65_HS1-834228961_62-HQ-83894_Section_9
Agency: FBI
Page 160
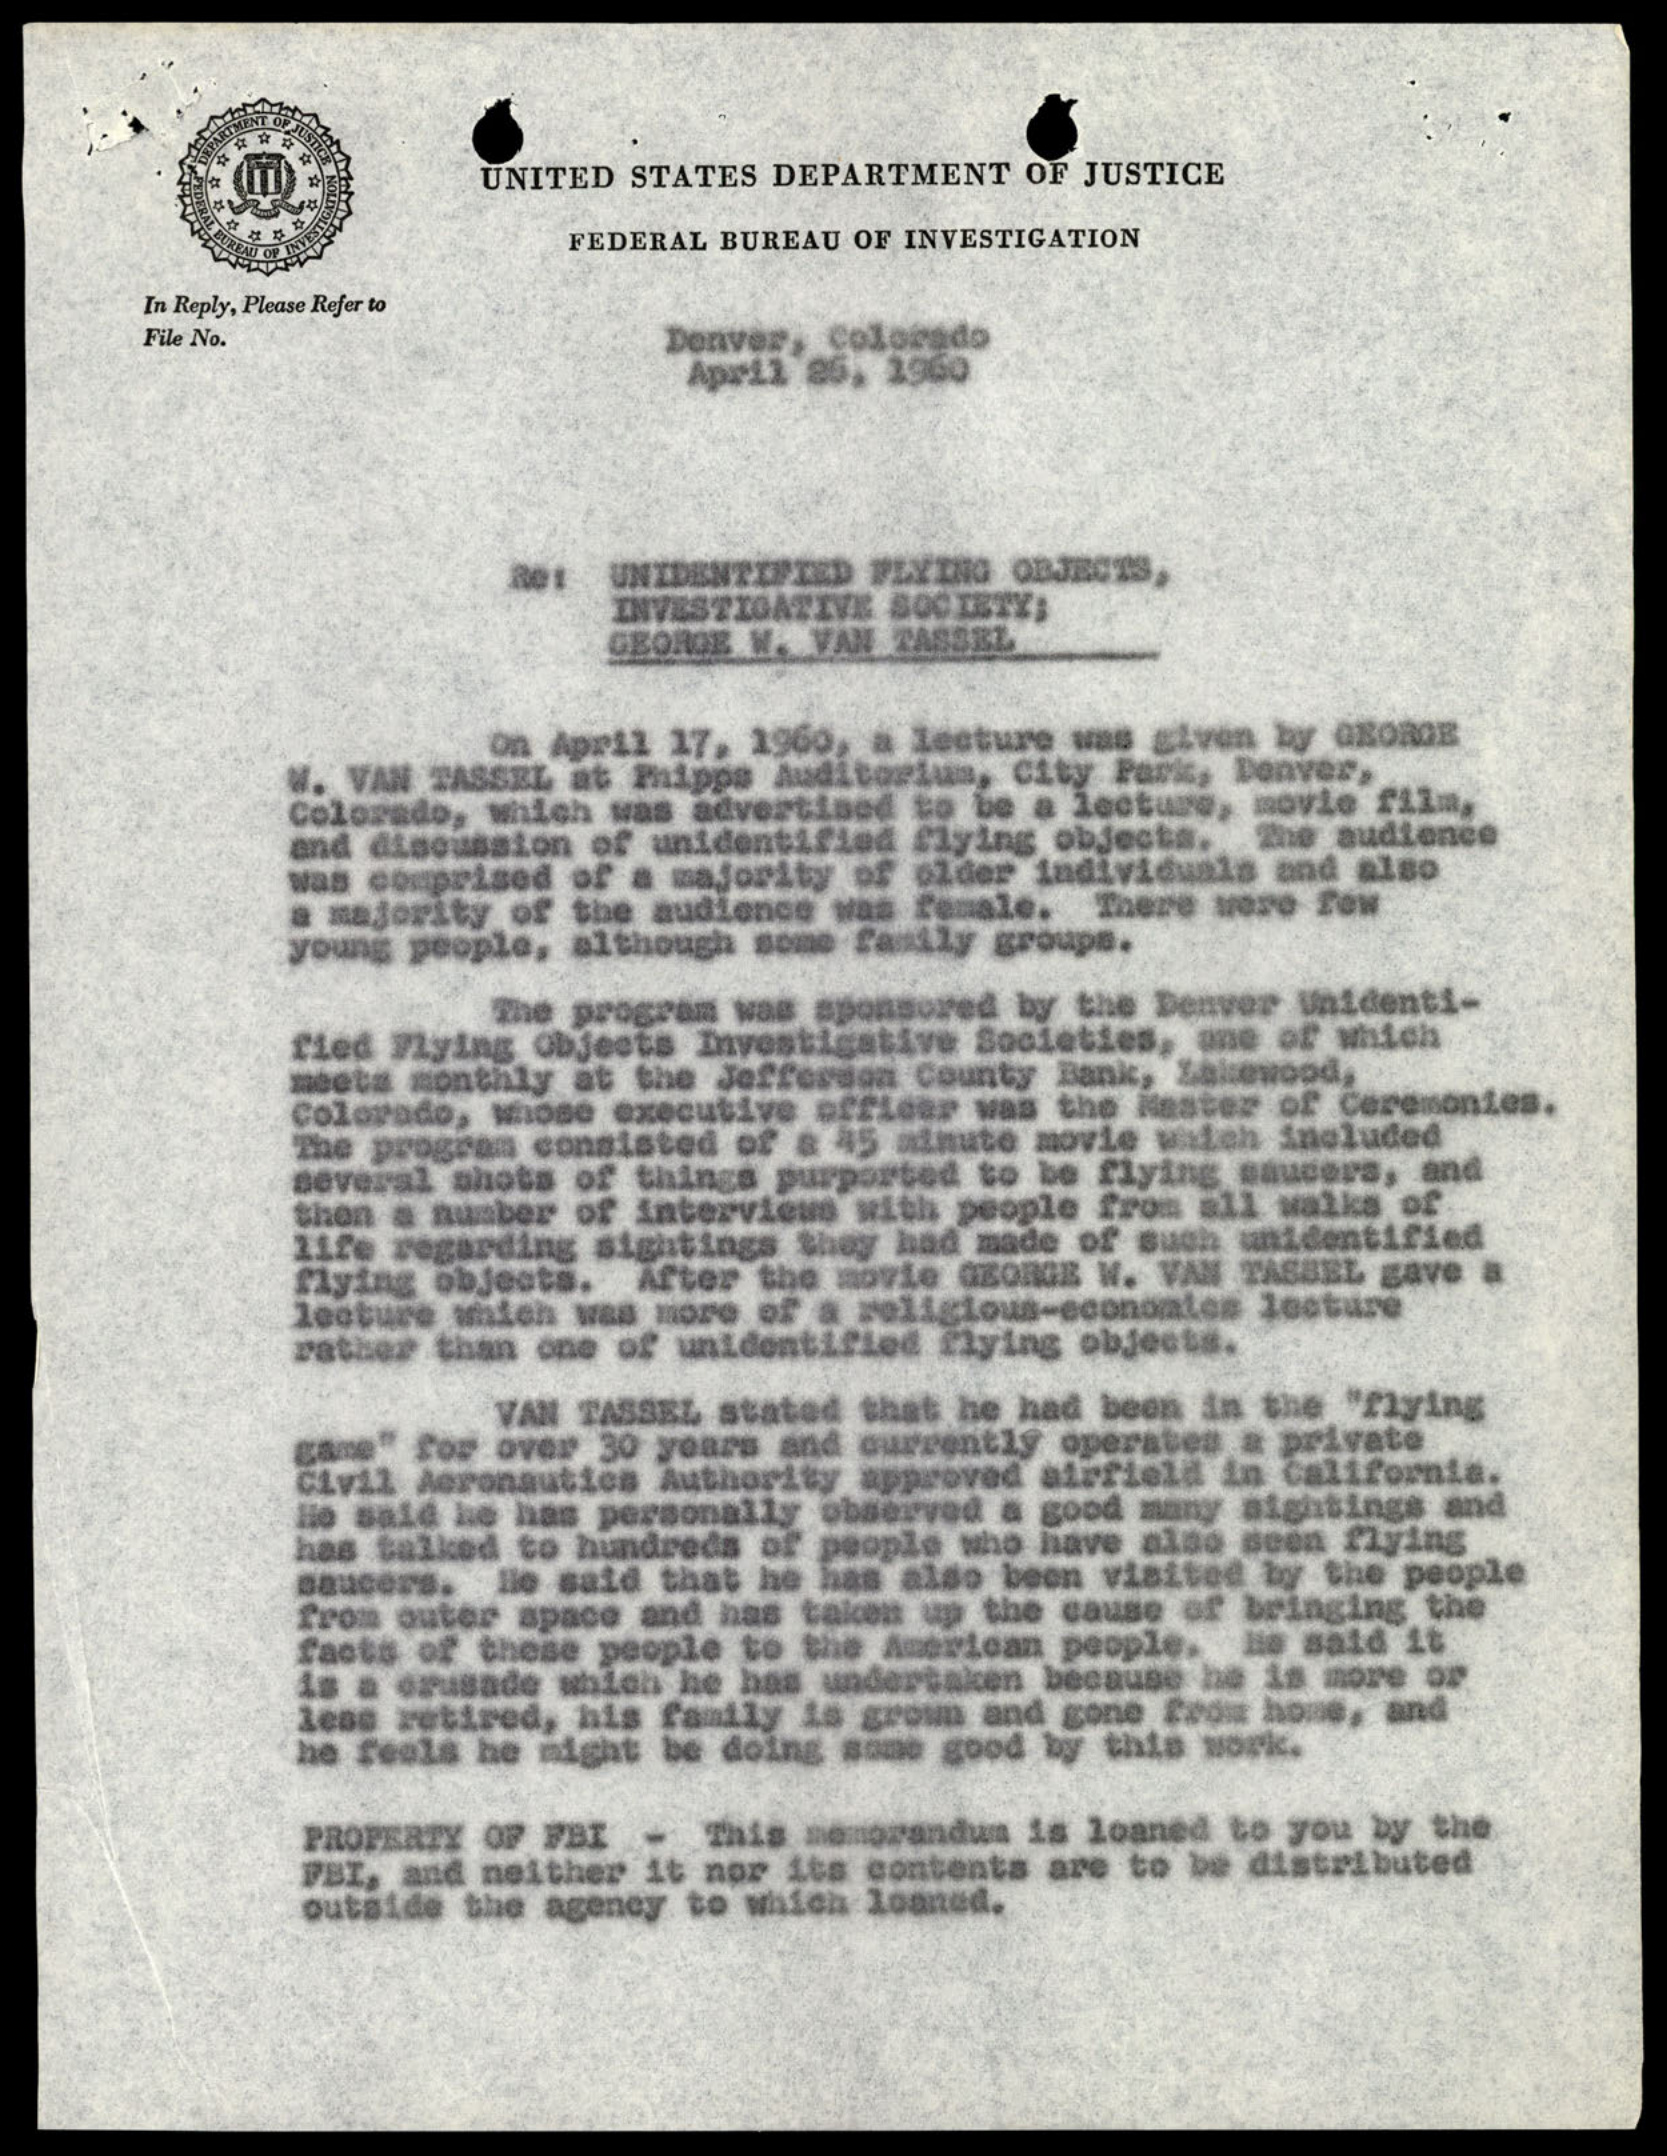